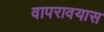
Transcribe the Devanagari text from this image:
वापरावयास